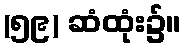
(၅၉) ဆံထုံး၌။